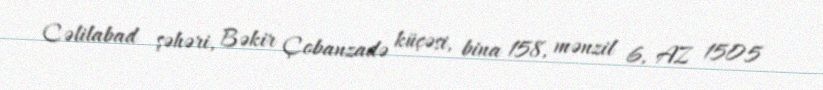
Cəlilabad şəhəri, Bəkir Çobanzadə küçəsi, bina 158, mənzil 6, AZ 1505